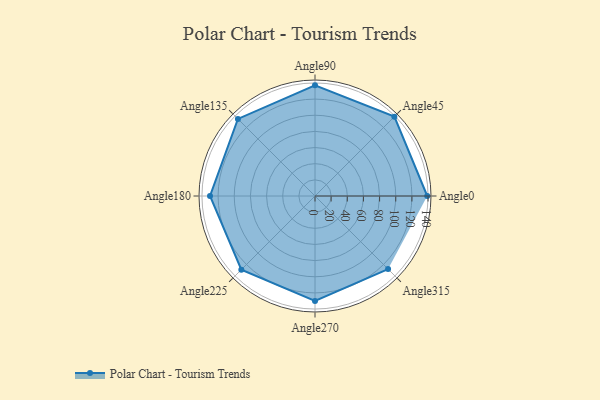
{"axis": {"x": "Angle", "y": "Radius"}, "legend": [""], "data": [{"x": "Angle0", "y": 139.0, "type": ""}, {"x": "Angle45", "y": 139.0, "type": ""}, {"x": "Angle90", "y": 137.0, "type": ""}, {"x": "Angle135", "y": 135.0, "type": ""}, {"x": "Angle180", "y": 130.0, "type": ""}, {"x": "Angle225", "y": 129.0, "type": ""}, {"x": "Angle270", "y": 130.0, "type": ""}, {"x": "Angle315", "y": 128.0, "type": ""}]}